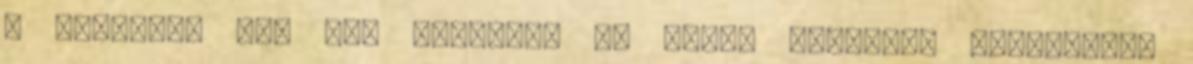
a brazilok egy még nagyobb, 38 cm-es ágyúkkal felszerelt